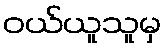
ဝယ်ယူသူမှ